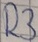
Text: R3